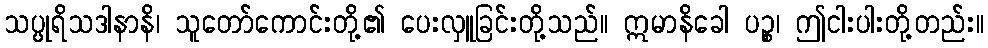
သပ္ပုရိသဒါနာနိ၊ သူတော်ကောင်းတို့၏ ပေးလှူခြင်းတို့သည်။ ဣမာနိခေါ ပဉ္စ၊ ဤငါးပါးတို့တည်း။